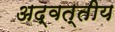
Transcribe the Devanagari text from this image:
अद्वत्तीय